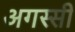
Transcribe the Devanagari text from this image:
अगस्सी